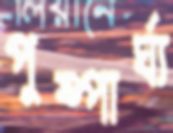
পুষ্পার্ঘ্য